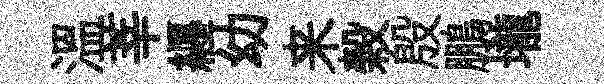
温莘纒幼来榖殷鵬壠